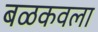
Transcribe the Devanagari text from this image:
बळकवला